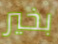
بخير